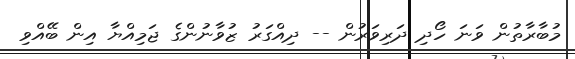
މުބާރާތުން ވަނަ ހޯދި ދަރިވަރުން -- ދިއްގަރު ޒުވާނުންގެ ޖަމިއްޔާ އިން ބޭއްވި